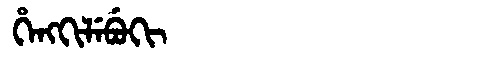
Manchu: ᡥᡝᠩᡴᡳᠯᡝᠪᡠᡴᡳ
Romanization: HENGKILEBUKI